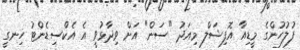
ފުލުހުންގެ މީޑިއާ އޮފިޝަލް މިއަދު "ސަން" އަށް ވިދާޅުވީ އެ އެކްސިޑެންޓު ހިނގީ